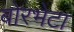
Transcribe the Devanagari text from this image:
बोरभेटा